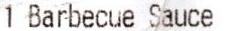
1 BARBECUE SAUCE